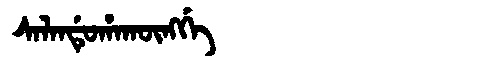
Manchu: ᠰᠠᠯᠠᠨᡩᡠᡥᠠᡴᡡᠩᡤᡝ
Romanization: SALANDUHAKŪNGGE